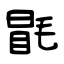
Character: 毷